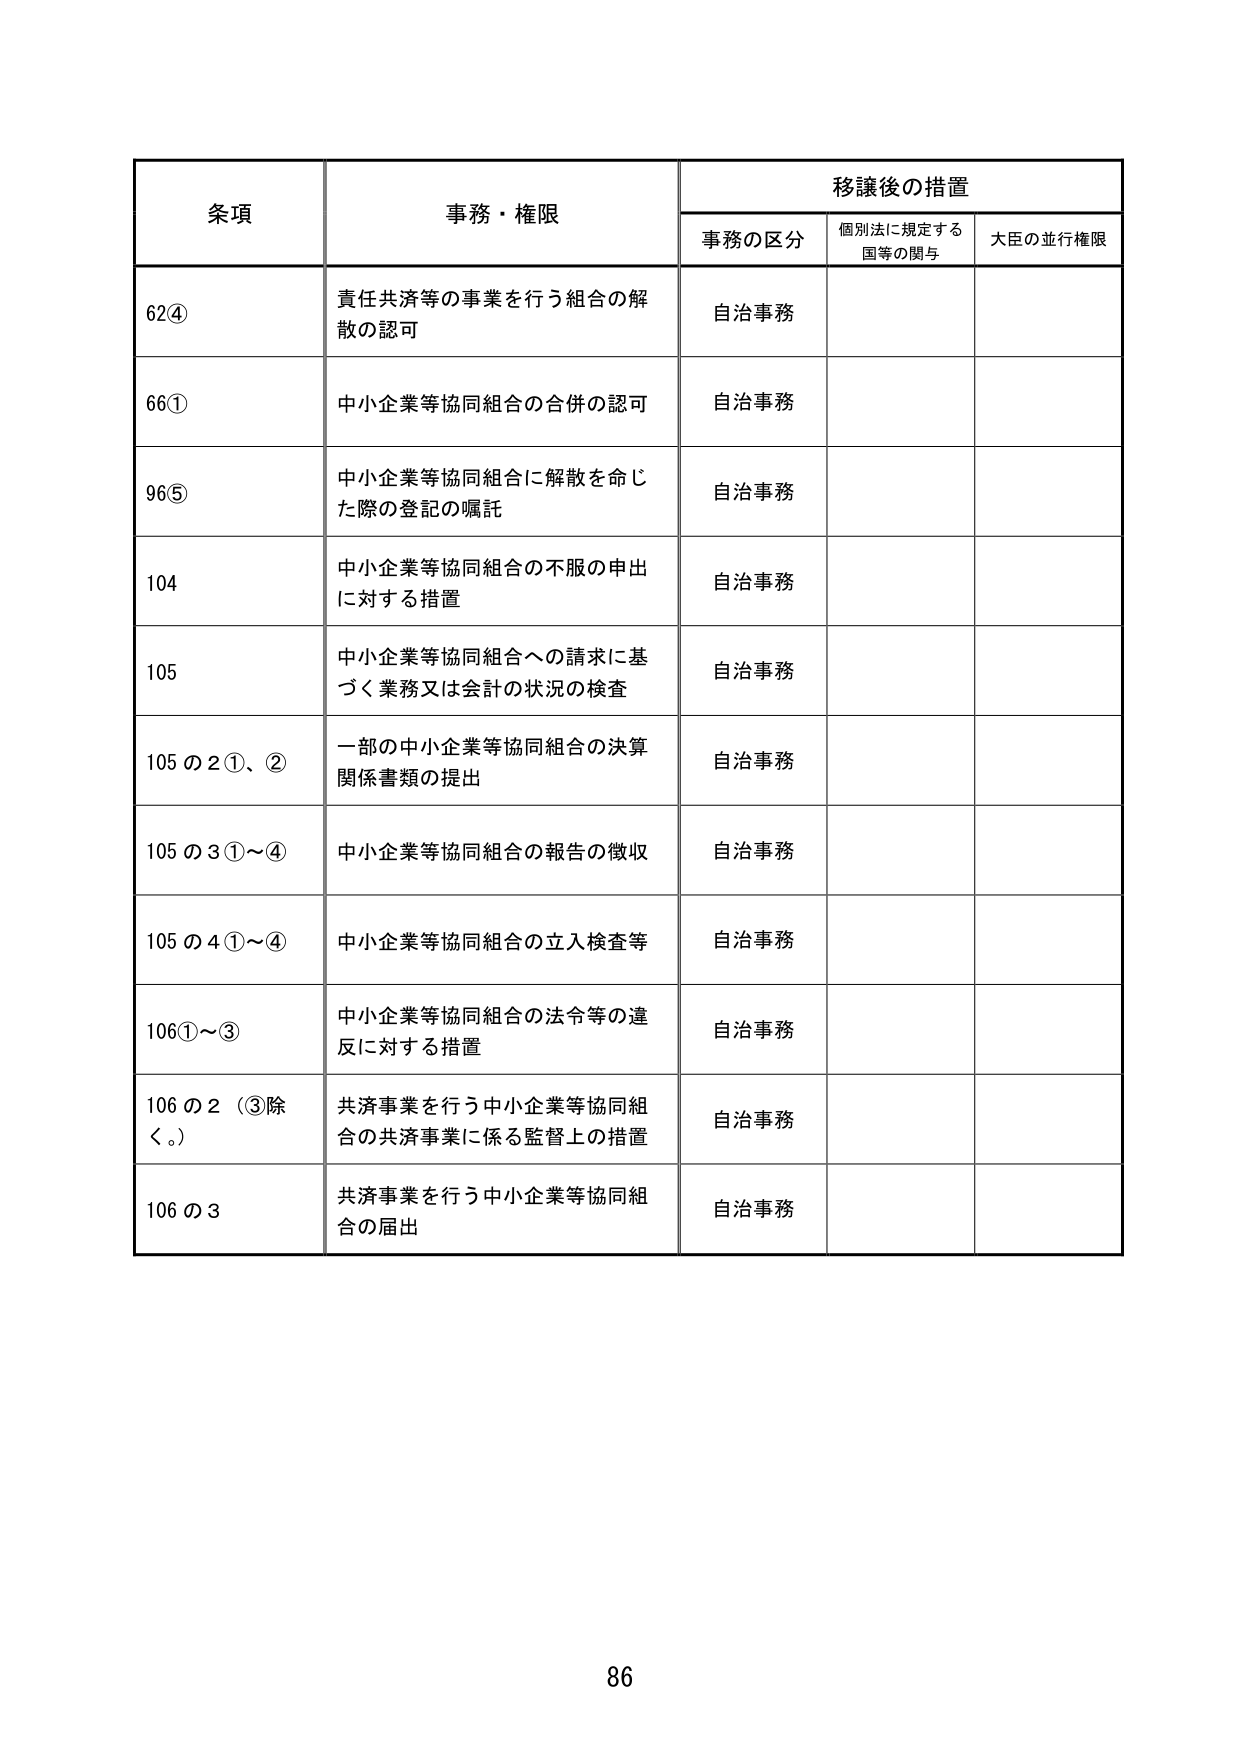
条項 事務・権限 移譲後の措置
事務の区分 個別法に規定する国等の関与 大臣の並行権限
62④ 責任共済等の事業を行う組合の解散の認可 自治事務
66① 中小企業等協同組合の合併の認可 自治事務
96⑤ 中小企業等協同組合に解散を命じた際の登記の嘱託 自治事務
104 中小企業等協同組合の不服の申出に対する措置 自治事務
105 中小企業等協同組合への請求に基づく業務又は会計の状況の検査 自治事務
105の2①、② 一部の中小企業等協同組合の決算関係書類の提出 自治事務
105の3①～④ 中小企業等協同組合の報告の徴収 自治事務
105の4①～④ 中小企業等協同組合の立入検査等 自治事務
106①～③ 中小企業等協同組合の法令等の違反に対する措置 自治事務
106の2（③除く。） 共済事業を行う中小企業等協同組合の共済事業に係る監督上の措置 自治事務
106の3 共済事業を行う中小企業等協同組合の届出 自治事務
86